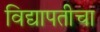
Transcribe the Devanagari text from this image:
विद्यापतीचा